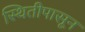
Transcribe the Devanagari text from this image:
स्थितीपासून